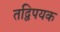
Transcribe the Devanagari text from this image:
तद्विपयक